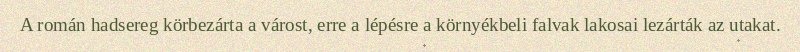
A román hadsereg körbezárta a várost, erre a lépésre a környékbeli falvak lakosai lezárták az utakat.